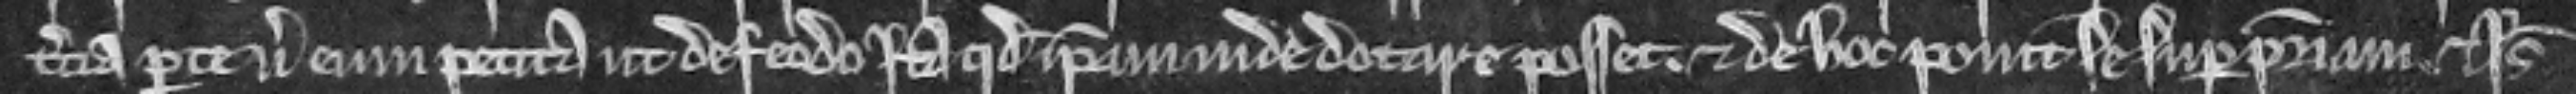
tercia parte versus eum petita ut de feodo ita quod ipsam inde dotare posset. Et de hoc ponit se super patriam et Isabella